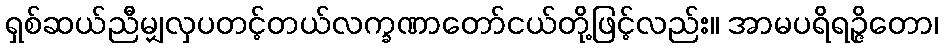
ရှစ်ဆယ်ညီမျှလှပတင့်တယ်လက္ခဏာတော်ငယ်တို့ဖြင့်လည်း။ အာမပရိရဉ္ဇိတော၊